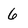
Character: 6